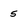
Character: 5